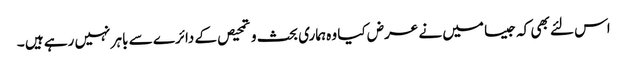
اس لئے بھی کہ جیسا میں نے عرض کیا وہ ہماری بحث و تمحیص کے دائرے سے باہر نہیں رہے ہیں ۔